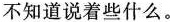
二、综合运用能力行。(26分)